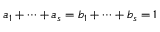
a _ { 1 } + \cdots + a _ { s } = b _ { 1 } + \cdots + b _ { s } = 1